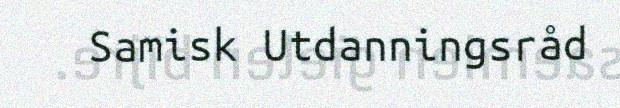
Samisk Utdanningsråd